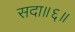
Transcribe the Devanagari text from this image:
सदा॥६॥